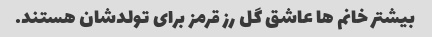
بیشتر خانم ها عاشق گل رز قرمز برای تولدشان هستند.